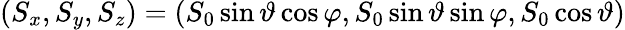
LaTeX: (S_{x},S_{y},S_{z})=(S_{0}\sin\vartheta\cos\varphi,S_{0}\sin\vartheta\sin\varphi,S_{0}\cos\vartheta)